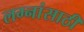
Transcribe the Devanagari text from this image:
लग्नांसाठी